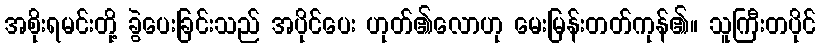
အစိုးရမင်းတို့ ခွဲပေးခြင်းသည် အပိုင်ပေး ဟုတ်၏လောဟု မေးမြန်းတတ်ကုန်၏။ သူကြီးတပိုင်